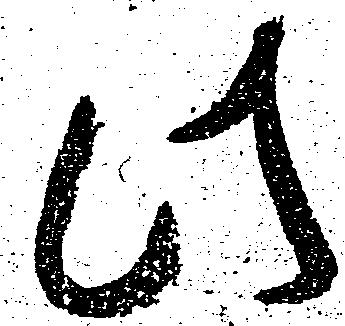
此